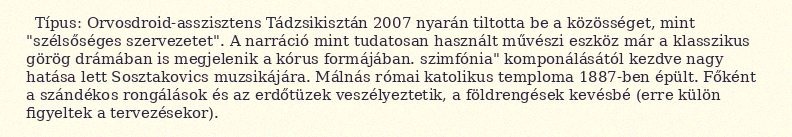
Típus: Orvosdroid-asszisztens Tádzsikisztán 2007 nyarán tiltotta be a közösséget, mint "szélsőséges szervezetet". A narráció mint tudatosan használt művészi eszköz már a klasszikus görög drámában is megjelenik a kórus formájában. szimfónia" komponálásától kezdve nagy hatása lett Sosztakovics muzsikájára. Málnás római katolikus temploma 1887-ben épült. Főként a szándékos rongálások és az erdőtüzek veszélyeztetik, a földrengések kevésbé (erre külön figyeltek a tervezésekor).